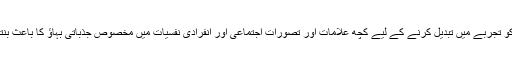
کہانی کو تجربے میں تبدیل کرنے کے لیے کچھ علامات اور تصورات اجتماعی اور انفرادی نفسیات میں مخصوص جذباتی بہاؤ کا باعث بنتے ہیں۔